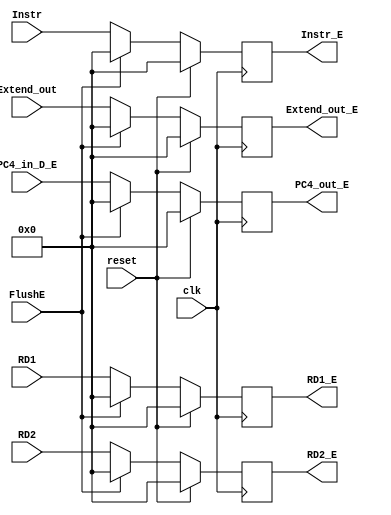
`timescale 1ns / 1ps
//////////////////////////////////////////////////////////////////////////////////
// Company: 
// Engineer: 
// 
// Design Name: 
// Module Name:    D_E 
// Project Name: 
// Target Devices: 
// Tool versions: 
// Description: 
//
// Dependencies: 
//
// Revision: 
// Revision 0.01 - File Created
// Additional Comments: 
//
//////////////////////////////////////////////////////////////////////////////////
module D_E(
    input [31:0] Instr,
    input clk,
    input reset,
    input FlushE,
    input [31:0] RD1,
    input [31:0] RD2,
    input [31:0] Extend_out,
	 input [31:0] PC4_in_D_E,
    output reg [31:0] RD1_E,
    output reg [31:0] RD2_E,
    output reg [31:0] Instr_E,
	 output reg [31:0] Extend_out_E,
	 output reg [31:0] PC4_out_E
    );
	
	initial begin
		   RD1_E = 0;
			RD2_E = 0;
			Instr_E = 0;
			Extend_out_E = 0;
			PC4_out_E = 0;
	
	end
	
	
	always @(posedge clk )begin
		if(reset)begin
			RD1_E = 0;
			RD2_E = 0;
			Instr_E = 0;
			Extend_out_E = 0;
			PC4_out_E = 0;
		end
		
		else if(FlushE)begin
			RD1_E = 0;
			RD2_E = 0;
			Instr_E = 0;
			Extend_out_E = 0;
			PC4_out_E = 0;
		end
		
		else begin
			RD1_E = RD1;
			RD2_E = RD2;
			Instr_E = Instr;
			Extend_out_E = Extend_out;
			PC4_out_E = PC4_in_D_E;
		end
	
	end

endmodule